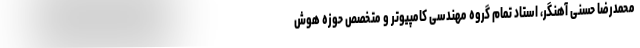
محمدرضا حسنی آهنگر، استاد تمام گروه مهندسی کامپیوتر و متخصص حوزه هوش